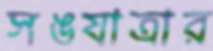
সঙযাত্রার